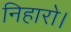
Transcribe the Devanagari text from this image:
निहारो।